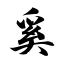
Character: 奚